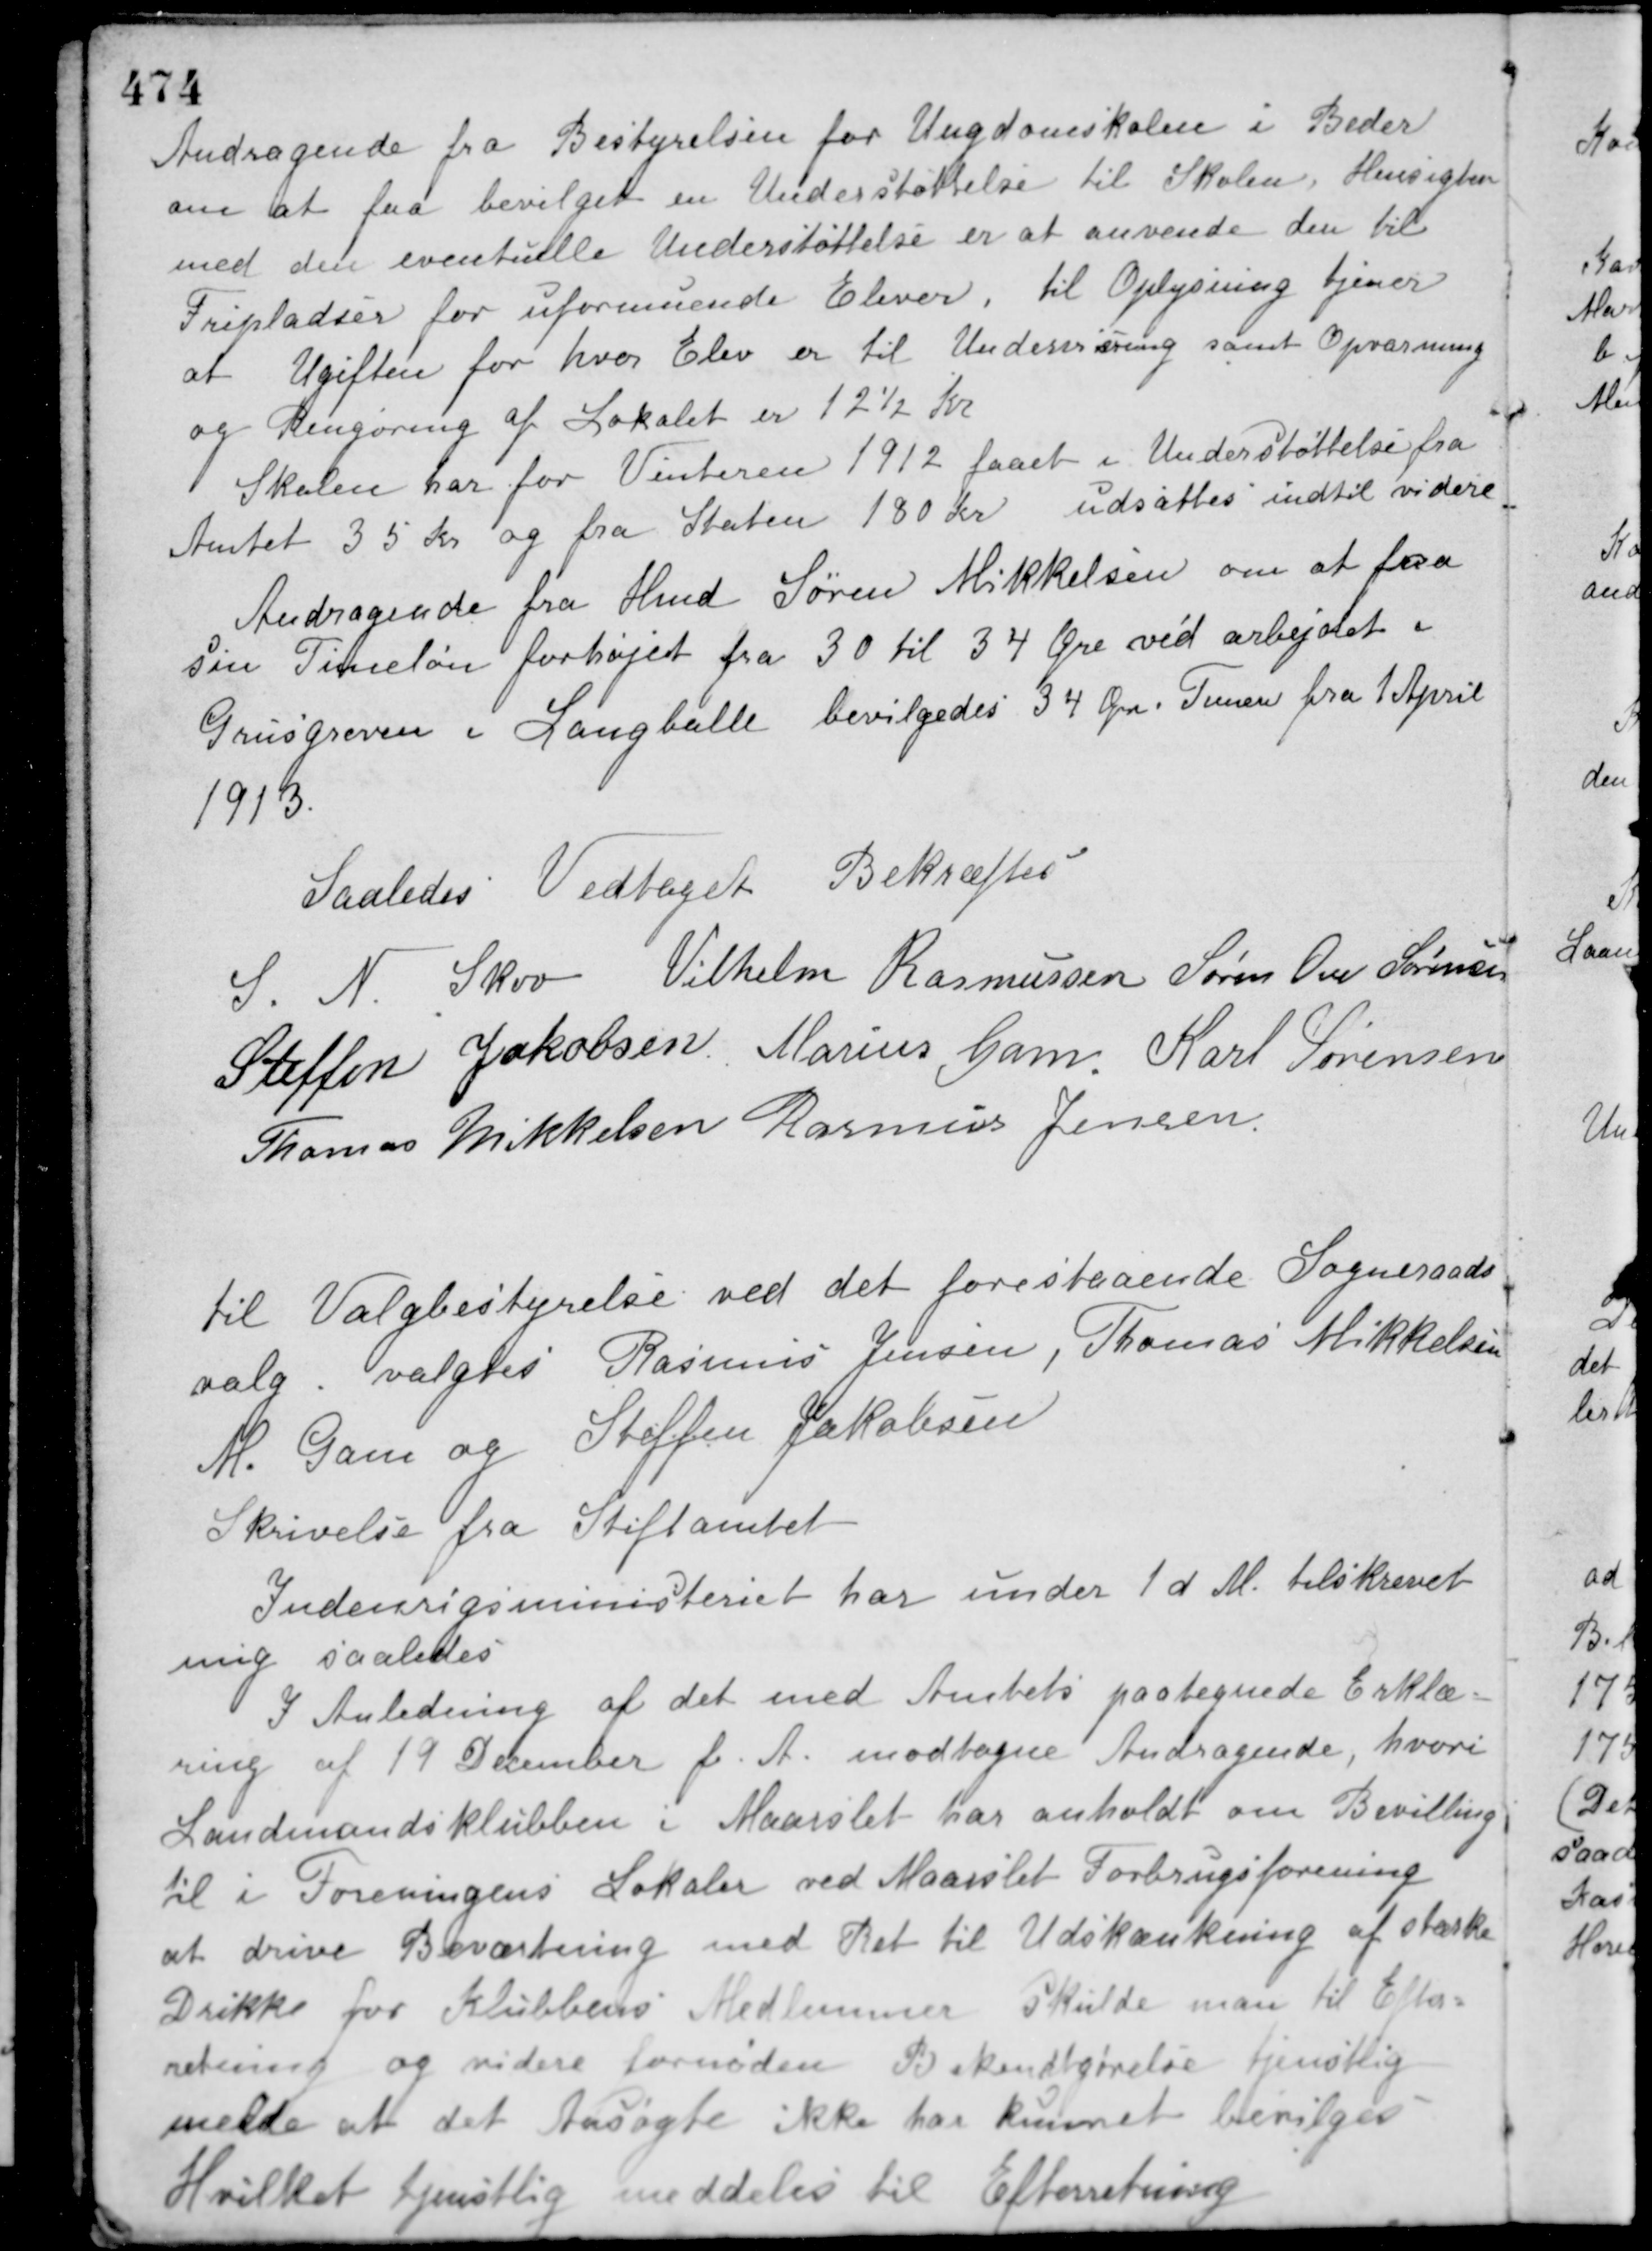
Transskription:
Andragende fra Bestyrelsen for Ungdomskolen i Beder
om at faa bevilget en Understøttelse til Skolen. Hensigten
med den eventuelle Understøttelse er at anvende den til
Fripladser for uformuende Elever, til Oplysning tjener
at Ugiften for hver Elev er til Undervisning samt Opvarming
og Rengøring af Lokalet er 12½ Kr.
Skolen har for Vinteren 1912 faaet i Understøttelse fra
Amtet 35 Kr. og fra Staten 180 Kr
udsattes indtil videre
Andragende fra Hmd. Søren Mikkelsen om at faa
sin Timeløn forhøjet fra 30 til 34 Øre ved arbejdet i
Grusgraven i Langballe
bevilgedes 34 Øre i Timen fra 1 April
1913.
Saaledes Vedtaget Bekræftes
S. N. Skov Vilhelm Rasmussen Søren Ove Sørensen
Steffen Jakobsen Marius Gam Karl Sørensen
Thomas Mikkelsen Rasmus Jensen
til Valgbestyrelse ved det forestaaende Sogneraads-
valg valgtes Rasmus Jensen, Thomas Mikkelsen
M. Gam og Steffen Jakobsen.
Skrivelse fra Stiftamtet
Indenrigsministeriet har under 1 d. M. tilskrevet
mig saaledes
I Anledning af det med Amtets paategnede Erklæ-
ring af 19 December f. A. modtagne Andragende, hvori
Landmandsklubben i Maarslet har anholdt om Bevilling
til i Foreningens Lokaler ved Maarslet Forbrugsforening
at drive Beværtning med Ret til Udskænkning af stærke
Drikke for Klubbens Medlemmer skulde man til Efter-
retning og videre fornøden Bekendtgørelse tjenstlig
melde at det Ansøgte ikke har kunnet bevilges
Hvilket tjenstlig meddeles til Efterretning.